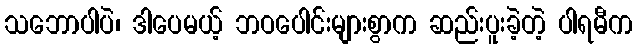
သဘောပါပဲ၊ ဒါပေမယ့် ဘဝပေါင်းများစွာက ဆည်းပူးခဲ့တဲ့ ပါရမီက